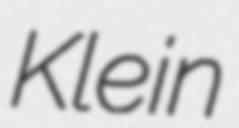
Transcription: Klein